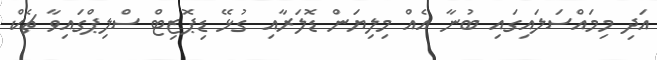
އަދި މިމައްސަލައިގައި ބުނާ އެއް މިލިޔަން ޑޮލަރާއި ގުޅޭ ޑިޕޮޒިޓް ސްލިޕްގައިވާ ޗެކް